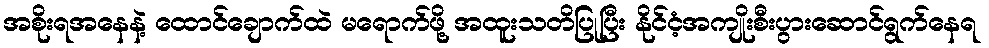
အစိုးရအနေနဲ့ ထောင်ချောက်ထဲ မရောက်ဖို့ အထူးသတိပြုပြီး နိုင်ငံ့အကျိုးစီးပွားဆောင်ရွက်နေရ